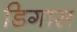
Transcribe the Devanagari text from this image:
डिगास